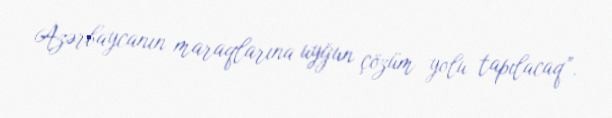
Azərbaycanın maraqlarına uyğun çözüm yolu tapılacaq”.